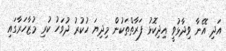
އަދި އޭނާ ވިދާޅުވީ އިދިކޮޅު ފަރާތްތަކުން މިދިޔަ ހުކުރު ދުވަހު ކުރި މުޒާހަރާގައި